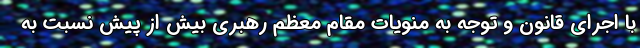
با اجرای قانون و توجه به منویات مقام معظم رهبری بیش از پیش نسبت به